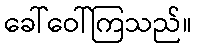
ခေါ်ဝေါ်ကြသည်။